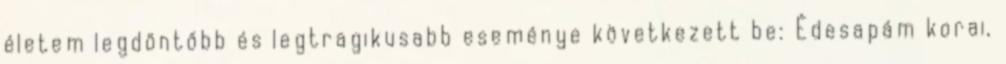
életem legdöntőbb és legtragikusabb eseménye következett be: Édesapám korai,